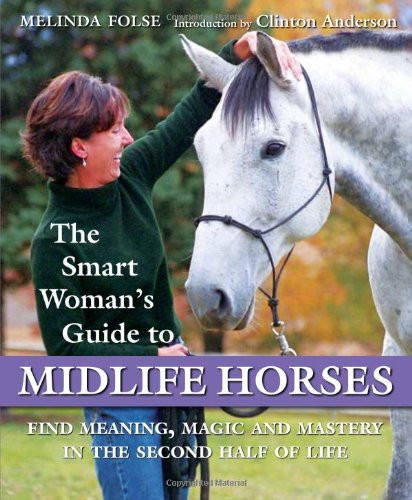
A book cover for The Smart Woman's Guide to Midlife Horses: Finding Meaning, Magic and Mastery in the Second Half of Life; Melinda Folse; Self-Help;